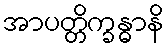
အာပတ္တိက္ခန္ဓာနိ